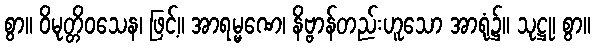
စွာ။ ဝိမုတ္တိဝသေန၊ ဖြင့်။ အာရမ္မဏေ၊ နိဗ္ဗာန်တည်းဟူသော အာရုံ၌။ သုဋ္ဌု၊ စွာ။